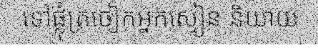
ទៅផ្លុំត្រចៀកអ្នកស្មៀន និយាយ